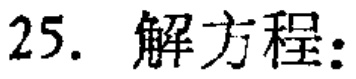
25. 解方程：